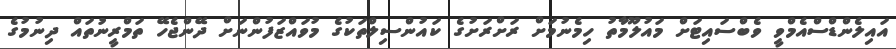
އައިލެންޑްސްއެމްވީ ވެބްސައިޓަށް މައުލޫމާތު ހިމެނުމަށް ރަށްރަށުގެ ކައުންސިލްތަކުގެ މުވައްޒަފުންނަށް ދޭންޖެހޭ ތަމްރީނުތައް ދިނުމުގެ